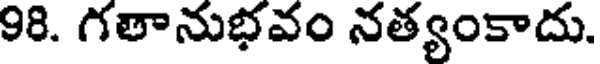
98. గతానుభవం నత్యంకాదు.